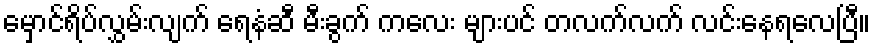
မှောင်ရိပ်လွှမ်းလျက် ရေနံဆီ မီးခွက် ကလေး များပင် တလက်လက် လင်းနေရလေပြီ။